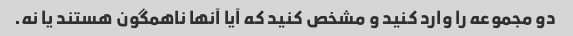
دو مجموعه را وارد کنید و مشخص کنید که آیا آنها ناهمگون هستند یا نه.